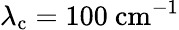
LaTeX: \lambda_{\mathrm{c}}=100\ \mathrm{cm}^{-1}